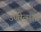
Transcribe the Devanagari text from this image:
उणीवांना